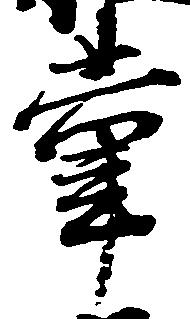
掌